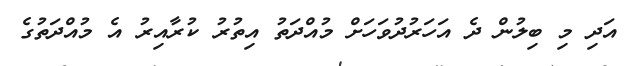
އަދި މި ބިލުން ދެ އަހަރުދުވަހަށް މުއްދަތު އިތުރު ކުރާއިރު އެ މުއްދަތުގެ